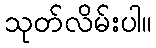
သုတ်လိမ်းပါ။